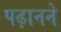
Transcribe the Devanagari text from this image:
पढ़ानने